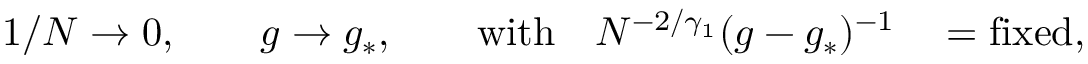
1 / N \rightarrow 0 , \qquad g \rightarrow g _ { * } , \qquad \mathrm { w i t h } \quad N ^ { - 2 / \gamma _ { 1 } } ( g - g _ { * } ) ^ { - 1 } \quad = \mathrm { f i x e d , }